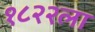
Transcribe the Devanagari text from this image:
१८२२ला